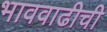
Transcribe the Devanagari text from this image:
भाववाढीची